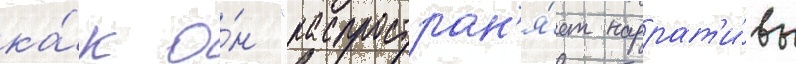
ка́к о́н "распростран'я́ет наррат'и́вы